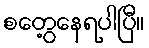
စတွေ့နေရပါပြီ။